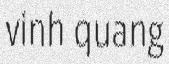
vinh quang